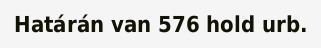
Határán van 576 hold urb.